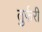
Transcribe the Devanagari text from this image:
तुर्फरी